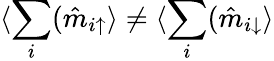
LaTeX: \langle\sum_{i}(\hat{m}_{i\uparrow}\rangle\ne\langle\sum_{i}(\hat{m}_{i\downarrow}\rangle